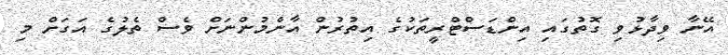
އޭނާ ވިދާޅުވި ގޮތުގައި އިންޑަސްޓްރީތަކުގެ އިތުރުން އާންމުންނަށް ވެސް ތެލުގެ އަގަށް މި